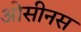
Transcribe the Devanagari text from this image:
ओसीनस